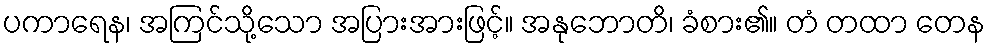
ပကာရေန၊ အကြင်သို့သော အပြားအားဖြင့်။ အနုဘောတိ၊ ခံစား၏။ တံ တထာ တေန